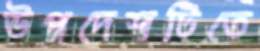
উপদেশটিতে